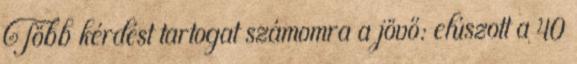
Több kérdést tartogat számomra a jövő: elúszott a 40